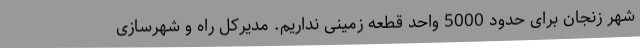
شهر زنجان برای حدود 5000 واحد قطعه زمینی نداریم. مدیرکل راه و شهرسازی